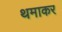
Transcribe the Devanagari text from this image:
थमाकर